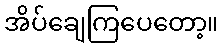
အိပ်ချေကြပေတော့။